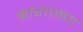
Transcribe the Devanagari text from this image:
बाराजण